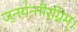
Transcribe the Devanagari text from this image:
ज॒नय॑न्तीर॒ग्निम्।